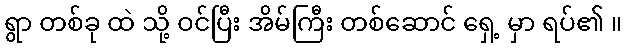
ရွာ တစ်ခု ထဲ သို့ ဝင်ပြီး အိမ်ကြီး တစ်ဆောင် ရှေ့ မှာ ရပ်၏ ။